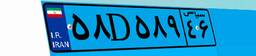
۵۸D۵۸۹۴۶